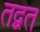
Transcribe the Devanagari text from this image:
तद्वत